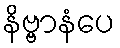
နိဗ္ဗာနံပေ